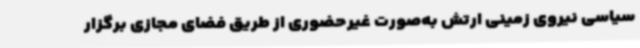
سیاسی نیروی زمینی ارتش به‌صورت غیرحضوری از طریق فضای مجازی برگزار